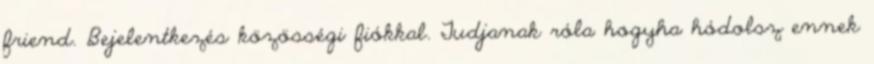
friend. Bejelentkezés közösségi fiókkal. Tudjanak róla hogyha hódolsz ennek